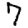
Digit: 7